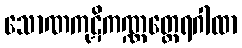
သောဏကုဋိကဏ္ဏတ္ထေရဂါထာ